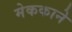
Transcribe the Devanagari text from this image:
मेककाने